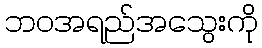
ဘဝအရည်အသွေးကို